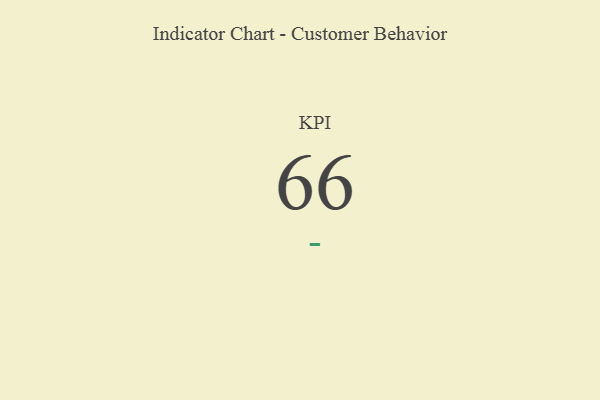
{"axis": {"x": "KPI", "y": "Value"}, "legend": [""], "data": [{"x": "KPI", "y": 66, "type": ""}]}